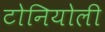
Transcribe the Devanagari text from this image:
टोनियोली